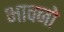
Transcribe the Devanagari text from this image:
भावनो